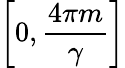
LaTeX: \left[0,\frac{4\pi m}{\gamma}\right]